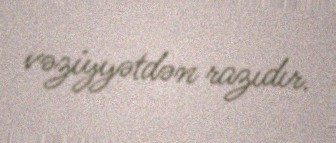
vəziyyətdən razıdır.